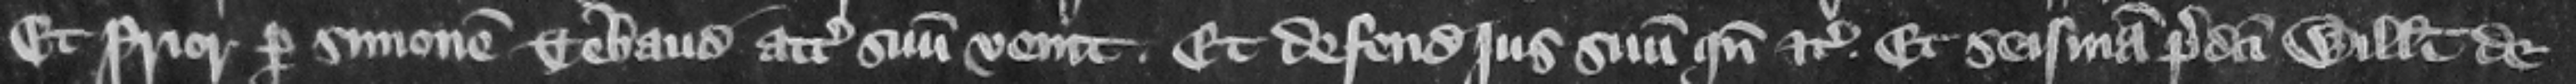
Et prior per Simonem Tebaud attornatum suum venit. Et defendit jus suum quando etc. Et seisinam predicti Willelmi de